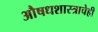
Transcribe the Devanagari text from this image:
औषधशास्त्राचेही